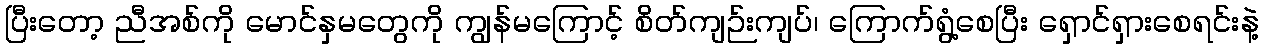
ပြီးတော့ ညီအစ်ကို မောင်နှမတွေကို ကျွန်မကြောင့် စိတ်ကျဉ်းကျပ်၊ ကြောက်ရွံ့စေပြီး ရှောင်ရှားစေရင်းနဲ့